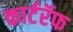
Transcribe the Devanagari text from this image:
कार्टरॅफ